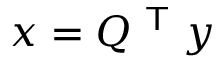
x = Q ^ { \textsf { T } } y